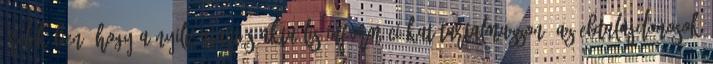
érdekében, hogy a nyilvántartás aktuális információkat tartalmazzon, az ebtulajdonosok